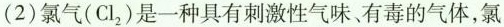
(2)氯气(Cl_{2})是一种具有刺激性气味、有毒的气体，氯